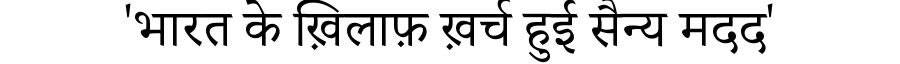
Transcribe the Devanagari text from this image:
'भारत के ख़िलाफ़ ख़र्च हुई सैन्य मदद'